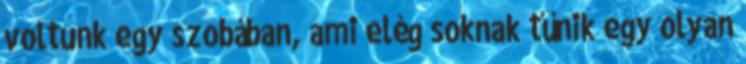
voltunk egy szobában, ami elég soknak tűnik egy olyan